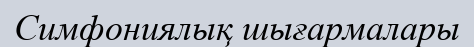
Симфониялық шығармалары